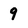
Character: 9